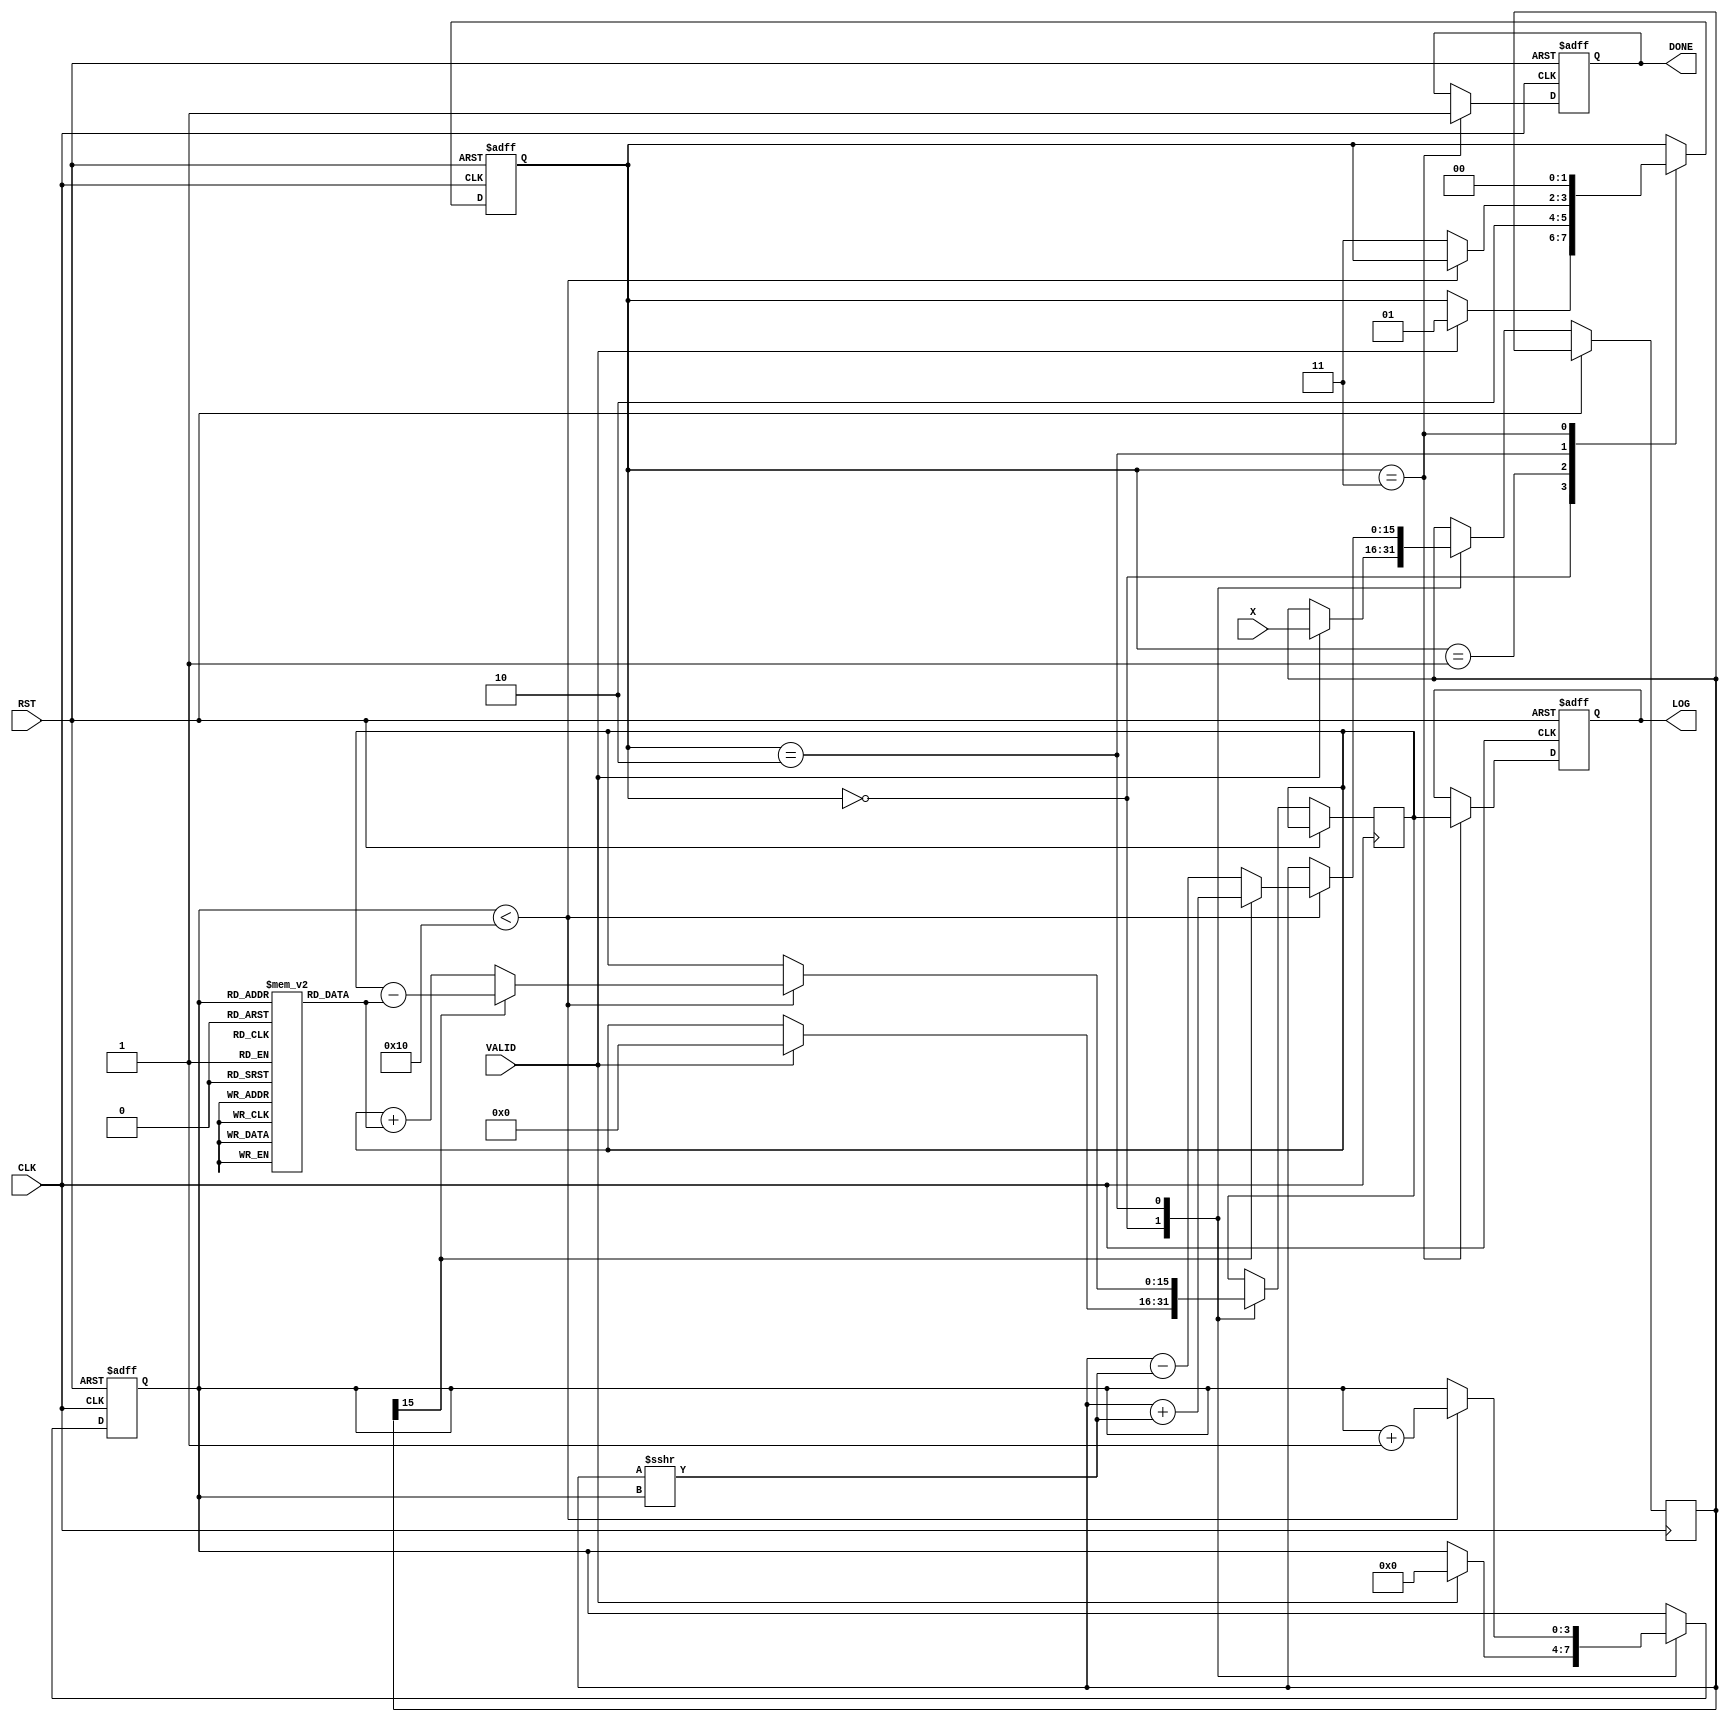
module cordic_logarithm (
    input wire [15:0] X,      // Input value for logarithm
    input wire CLK,           // Clock signal
    input wire RST,           // Reset signal
    input wire VALID,         // Input valid signal
    output reg [15:0] LOG,    // Output logarithmic value
    output reg DONE           // Completion signal
);

    // Parameters
    parameter NUM_ITERATIONS = 16; // Number of iterations for CORDIC
    parameter FIXED_POINT_FRACTIONAL_BITS = 8; // Fractional bits for fixed-point representation

    // Internal registers
    reg [15:0] X_reg;          // Register to hold input value
    reg [15:0] Z_reg;          // Register for angle/phase information
    reg [3:0] iteration_count; // Iteration counter
    reg [1:0] state;           // State for FSM

    // State definitions
    localparam IDLE = 2'b00;
    localparam INIT = 2'b01;
    localparam ITERATE = 2'b10;
    localparam DONE_STATE = 2'b11;

    // CORDIC angle lookup table (arctangent values)
    reg [15:0] atan_table [0:NUM_ITERATIONS-1];
    initial begin
        // Initialize arctangent values (in fixed-point format)
        atan_table[0] = 16'h2000; // atan(1) = /4 in fixed-point
        atan_table[1] = 16'h1000; // atan(1/2) = /6 in fixed-point
        atan_table[2] = 16'h0800; // atan(1/4) = /8 in fixed-point
        // ... (fill in the rest of the arctangent values)
        atan_table[3] = 16'h0400;
        atan_table[4] = 16'h0200;
        atan_table[5] = 16'h0100;
        atan_table[6] = 16'h0080;
        atan_table[7] = 16'h0040;
        atan_table[8] = 16'h0020;
        atan_table[9] = 16'h0010;
        atan_table[10] = 16'h0008;
        atan_table[11] = 16'h0004;
        atan_table[12] = 16'h0002;
        atan_table[13] = 16'h0001;
        atan_table[14] = 16'h0001;
        atan_table[15] = 16'h0000; // Last value
    end

    // State machine for CORDIC operation
    always @(posedge CLK or posedge RST) begin
        if (RST) begin
            LOG <= 16'b0;
            DONE <= 1'b0;
            iteration_count <= 4'b0;
            state <= IDLE;
        end else begin
            case (state)
                IDLE: begin
                    if (VALID) begin
                        X_reg <= X;
                        Z_reg <= 16'b0; // Initial phase
                        iteration_count <= 4'b0;
                        state <= INIT;
                    end
                end

                INIT: begin
                    // Initialize for iterations
                    state <= ITERATE;
                end

                ITERATE: begin
                    if (iteration_count < NUM_ITERATIONS) begin
                        // CORDIC rotation logic
                        if (X_reg[15] == 1'b0) begin // If X is positive
                            Z_reg <= Z_reg + atan_table[iteration_count];
                            X_reg <= X_reg - (X_reg >>> iteration_count);
                        end else begin // If X is negative
                            Z_reg <= Z_reg - atan_table[iteration_count];
                            X_reg <= X_reg + (X_reg >>> iteration_count);
                        end
                        iteration_count <= iteration_count + 1;
                    end else begin
                        state <= DONE_STATE;
                    end
                end

                DONE_STATE: begin
                    LOG <= Z_reg; // Final logarithmic value
                    DONE <= 1'b1; // Indicate completion
                    state <= IDLE; // Go back to IDLE
                end

                default: state <= IDLE; // Default case
            endcase
        end
    end

endmodule